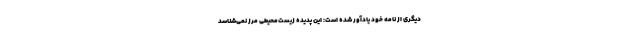
دیگری از نامه خود یادآور شده است: این پدیده زیست‌محیطی مرز نمی‌شناسد